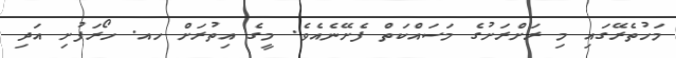
މަހުތެރޭގައި މި ރަށްރަށުގެ މަސައްކަތް ފެށޭނެއެވެ. މީގެ އިތުރަށް ހއ. ހޯރަފުށި އަދި